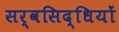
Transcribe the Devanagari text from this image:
सर्वसिद्धियों